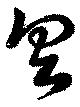
具